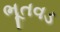
ભૂતવડ